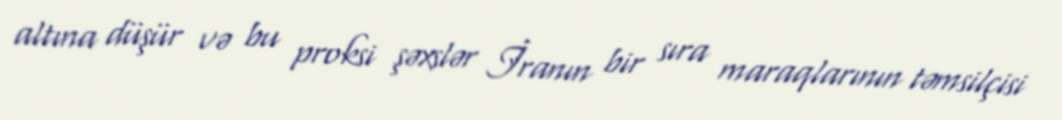
altına düşür və bu proksi şəxslər İranın bir sıra maraqlarının təmsilçisi